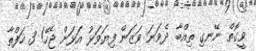
ވީގޮތް ނޭނގި ތިއްބާ ދެވަނަ ވަޒަން ފިޔަވަޅު އަޅަން ޖެހޭ! 3 ހަފްތާ